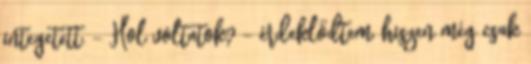
integetett. - Hol voltatok? - érdeklődtem, hiszen még csak